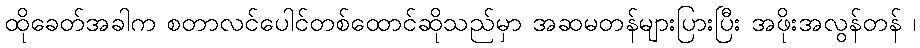
ထိုခေတ်အခါက စတာလင်ပေါင်တစ်ထောင်ဆိုသည်မှာ အဆမတန်များပြားပြီး အဖိုးအလွန်တန် ၊